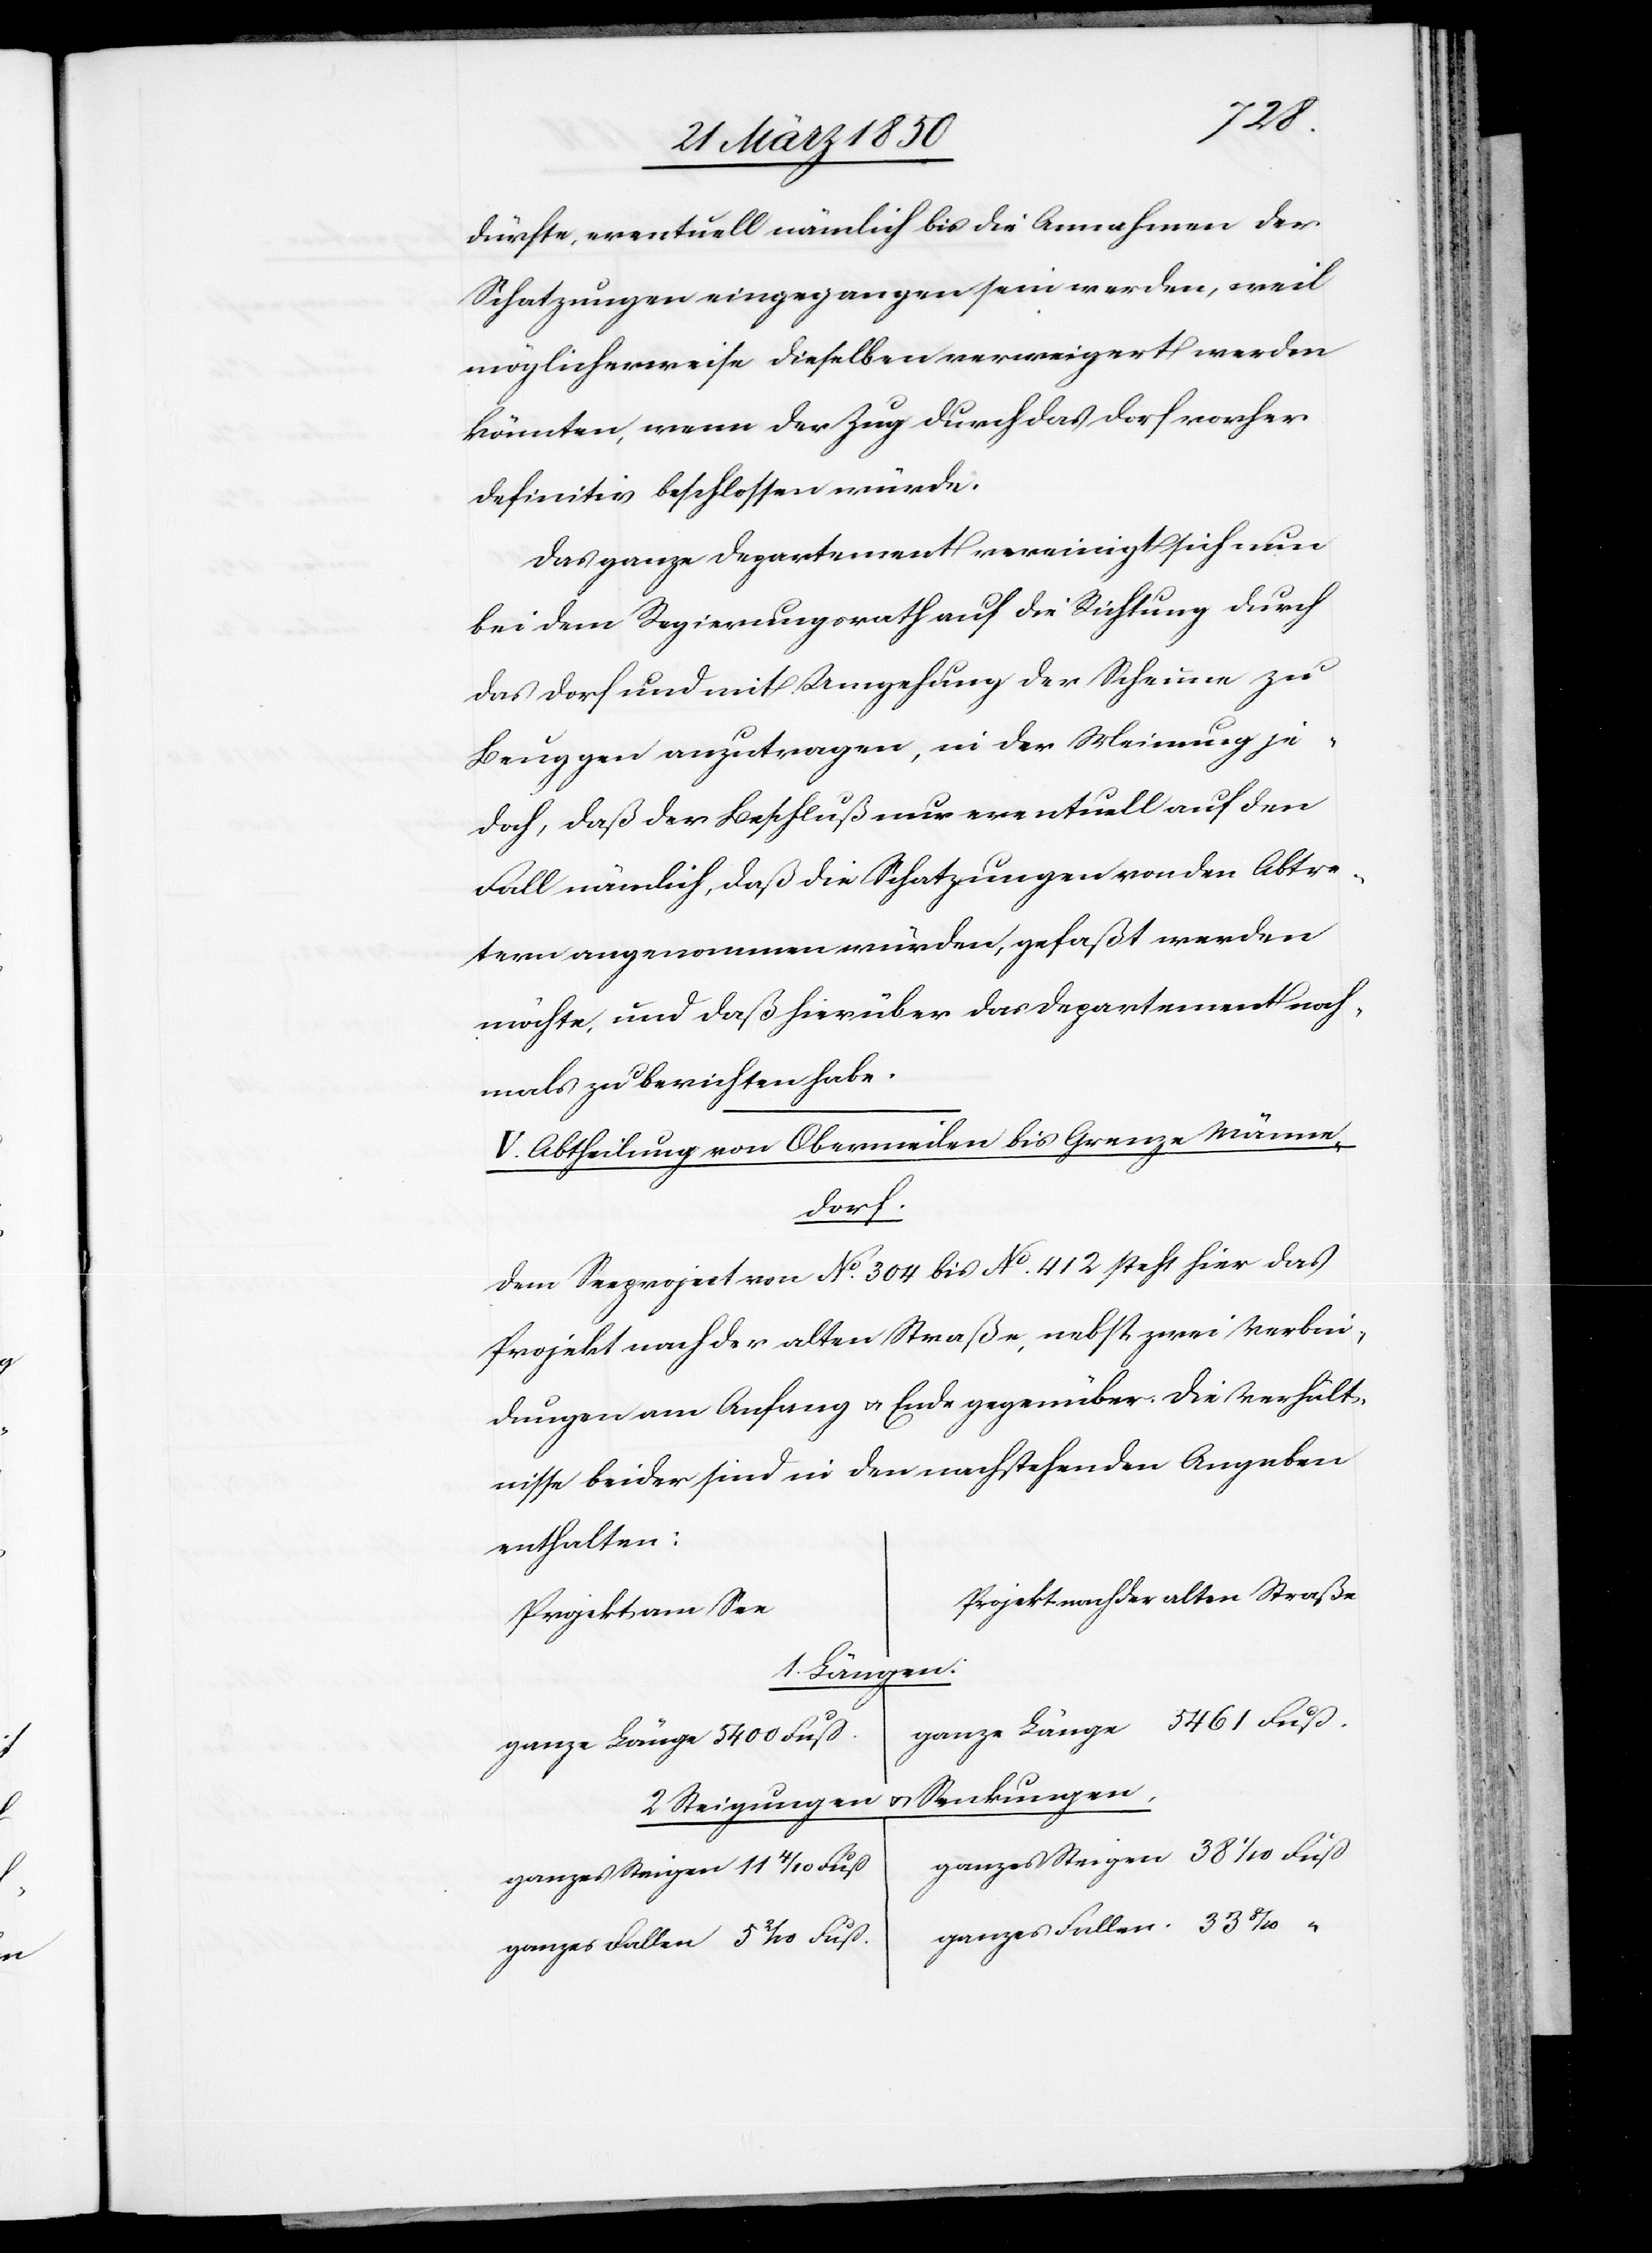
8/10
dürfte, eventuell nämlich bis die Annahmen der
Schatzungen eingegangen sein werden, weil
möglicherweise dieselben verweigert werden
könnten, wenn der Zug durch das Dorf vorher
definitiv beschlossen würde.
Das ganze Departement vereinigt sich nun
bei dem Regierungsrath auf die Richtung durch
das Dorf und mit Umgehung der Scheune zu
Beuggen anzutragen, in der Meinung je¬
doch, daß der Beschluß nur eventuell auf den
Fall nämlich, daß die Schatzungen von den Abtre¬
tern angenommen würden, gefaßt werden
möchte, und daß hierüber das Departement noch¬
mals zu berichten habe.
V. Abtheilung von Obermeilen bis Grenze Männe¬
dorf.
Dem Seeproject von No. 304 bis No. 412 steht hier das
Projekt nach der alten Straße, nebst zwei Verbin¬
dungen am Anfang u. Ende gegenüber. Die Verhält¬
nisse beider sind in den nachstehenden Angaben
enthalten:
Projekt nach der alten Straße
Projekt am See
gen.
1 Län¬
u. Senkungen.
2. Steigungen
ganzes Fallen